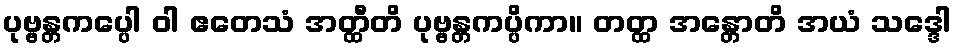
ပုဗ္ဗန္တကပ္ပေါ ဝါ ဧတေသံ အတ္ထီတိ ပုဗ္ဗန္တကပ္ပိကာ။ တတ္ထ အန္တောတိ အယံ သဒ္ဒေါ